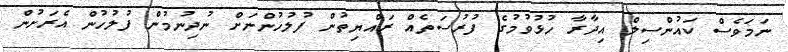
ނަމަވެސް ކައުންސިލް އިދާރާ ހުޅުވުމުގެ ފުރުސަތެއް ރައްޔިތުން ފުލުހުންނަށް ނުދިނުމުން ފުލުހުން އެރަށުން